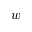
w